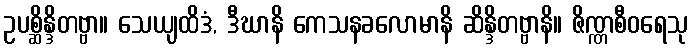
ဥပစ္ဆိန္ဒိတဗ္ဗာ။ သေယျထိဒံ, ဒီဃာနိ ကေသနခလောမာနိ ဆိန္ဒိတဗ္ဗာနိ။ ဇိဏ္ဏစီဝရေသု